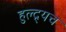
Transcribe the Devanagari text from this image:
हुल्द्र्यच